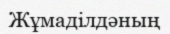
Жұмаділдәның